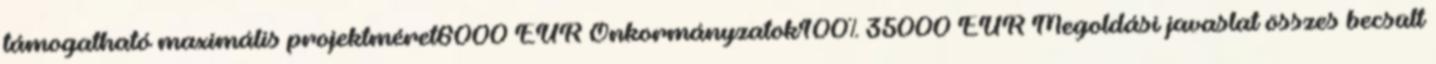
támogatható maximális projektméret6000 EUR▪Önkormányzatok100% 35000 EUR▪Megoldási javaslat összes becsült